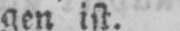
gen ist.